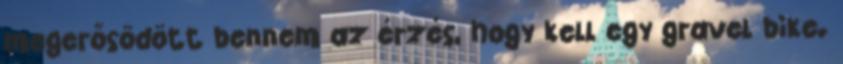
megerősödött bennem az érzés, hogy kell egy gravel bike.